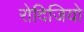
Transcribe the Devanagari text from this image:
रोदिजियो